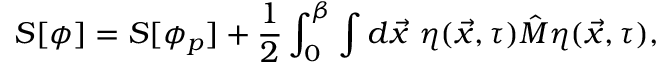
S [ \phi ] = S [ \phi _ { p } ] + \frac { 1 } { 2 } \int _ { 0 } ^ { \beta } \int d \vec { x } \, \, \eta ( \vec { x } , \tau ) \hat { M } \eta ( \vec { x } , \tau ) ,